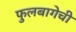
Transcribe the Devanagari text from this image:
फुलबागेची